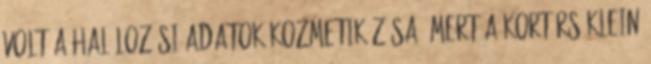
volt a halálozási adatok kozmetikázása, mert a kortárs Klein